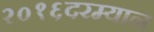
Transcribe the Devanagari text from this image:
२०१६दरम्यान